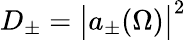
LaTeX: D_{\pm}=\big|a_{\pm}(\Omega)\big|^{2}